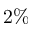
2 \%